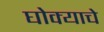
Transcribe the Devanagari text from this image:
घोक्याचे